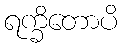
ရက္ခိတောပိ